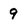
Character: 9